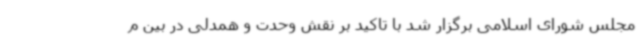
مجلس شورای اسلامی برگزار شد با تاکید بر نقش وحدت و همدلی در بین م